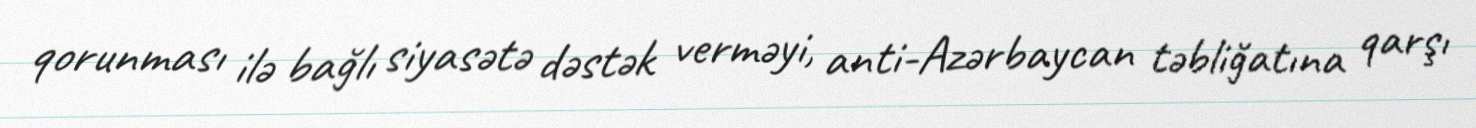
qorunması ilə bağlı siyasətə dəstək verməyi, anti-Azərbaycan təbliğatına qarşı